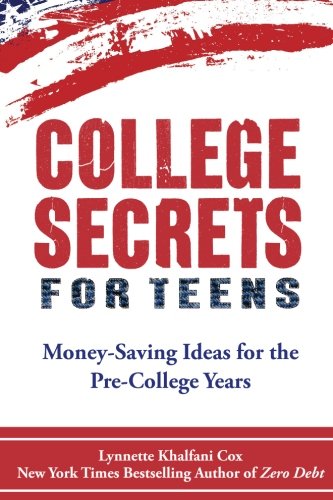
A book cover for College Secrets for Teens: Money Saving Ideas for the Pre-College Years; Lynnette Khalfani-Cox; Education & Teaching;